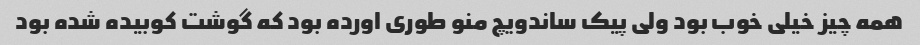
همه چیز خیلی خوب بود ولی پیک ساندویچ منو طوری اورده بود که گوشت کوبیده شده بود